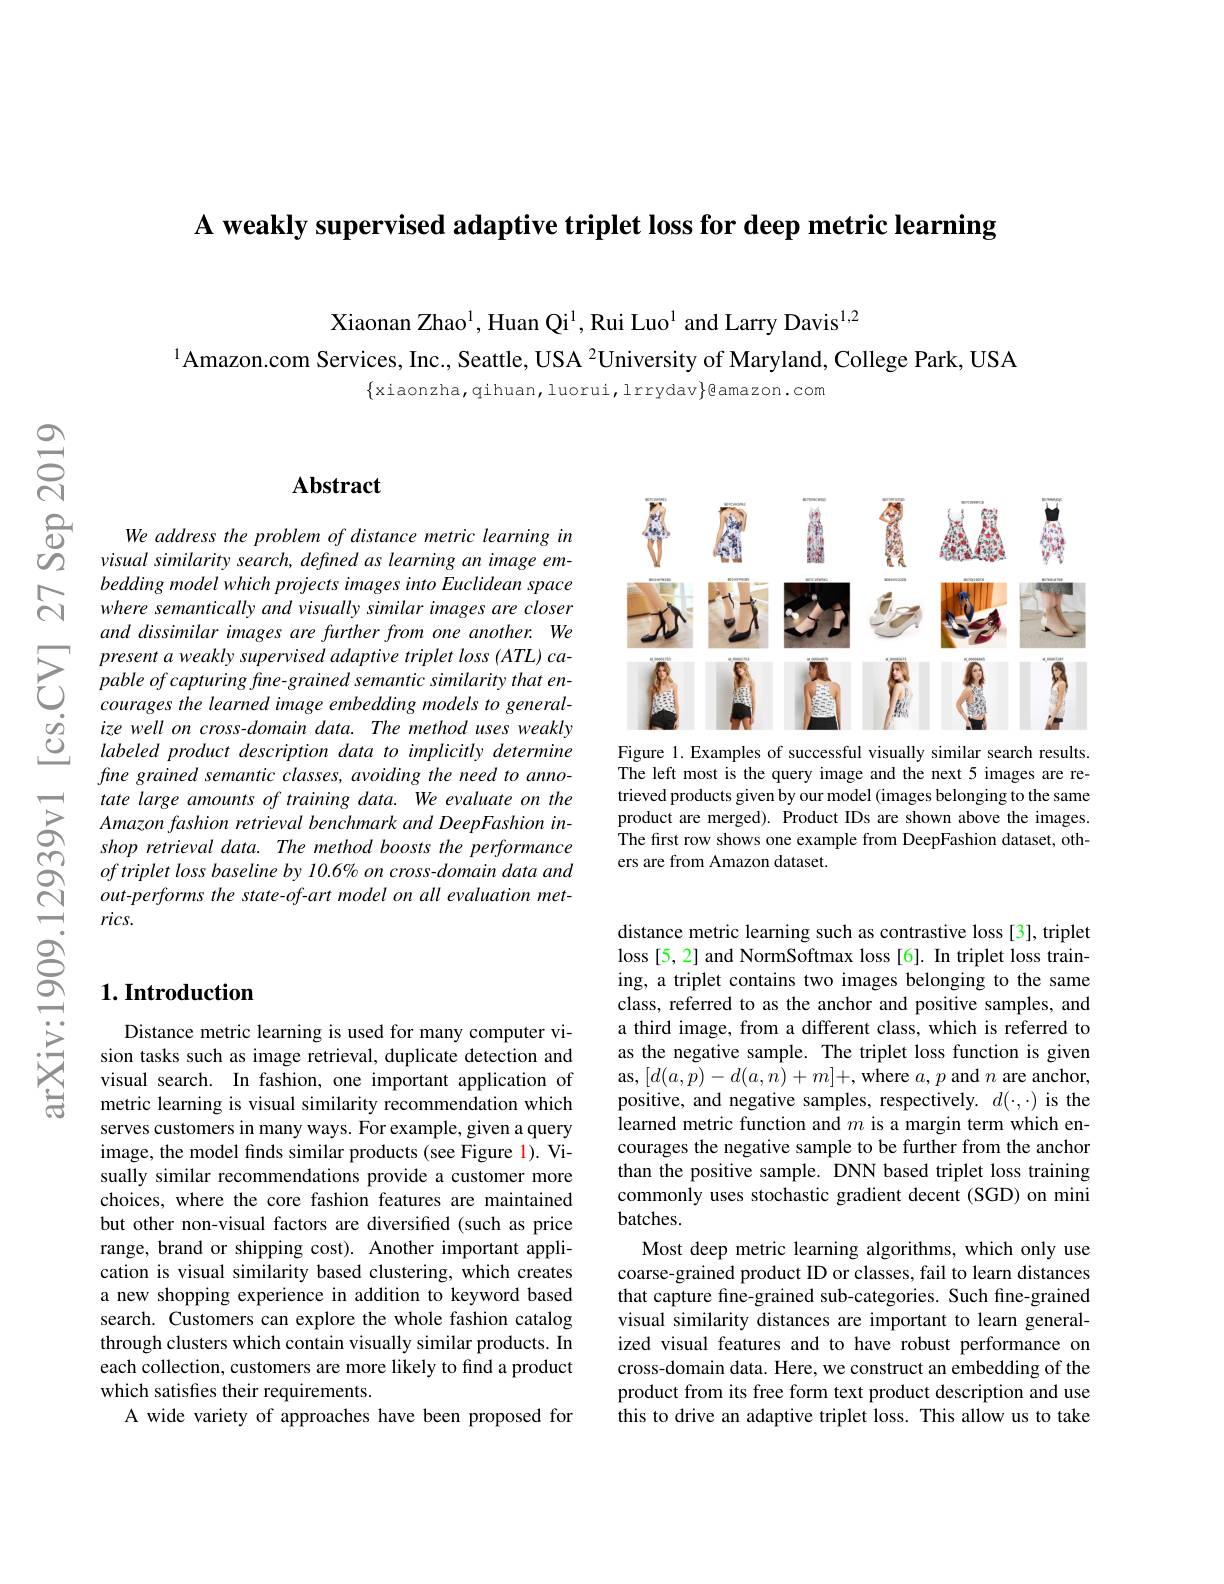
A weakly supervised adaptive

Xiaonan Zhao$^{1}$, Huan Qi
$^{1}$Amazon.com Services, I

$\{$xiaonzha,qihuan,luorui,lrrydav$\}$gamazon.com

# Abstract

We address the problem of di visual similarity search, defined as learning an image embedding model which projects where semantically and visua and dissimilar images are fu
$\sum_{\begin{array}{ccc}&present~a~weakly~\end{array}}$ $\textcircled {2}$ $izewell on cross- domain data. The method uses weaklyC$ labeledproductdescriptiondatatoimplicitlydetermine
fine grained semantic classe tate large amounts of traini Amazon fashion retrieval ben shop retrieval data. The method boosts the performance $oftriplet\textit{loss baseline by}$ out-performs the state-of-ar rics.

### $1. \textbf{Introduction}$

Distance metric learning is sion tasks such as image ret visual search. In fashion, o metric learning is visual si serves customers in many way image, the model finds simil sually similar recommendatio choices, where the core fash but other non-visual factors are diversified (such as price range, brand or shipping cost). Another important application is visual similarity a new shopping experience in search. Customers can explor through clusters which conta each collection, customers a which satisfies their requir
A wide variety of approaches

<FigureHere>

Figure 1. Examples of succes The left most is the query i trieved products given by ou product are merged). Product The first row shows one example from DeepFashion dataset, others are from Amazon dataset.

distance metric learning suc loss[5,2] and NormSoftmax lo ing, a triplet contains two class, referred to as the an a third image, from a differ as the negative sample. The as, $[d(a,p)-d(a,n)+m]+$, wh positive, and negative samples, respectively. $d(\cdot,\cdot)$ is the learned metric function and courages the negative sample than the positive sample. DN commonly uses stochastic gradient decent (SGD) on mini batches.
Most deep metric learning al coarse-grained product ID or that capture fine-grained su visual similarity distances ized visual features and to cross-domain data. Here, we product from its free form t this to drive an adaptive tr